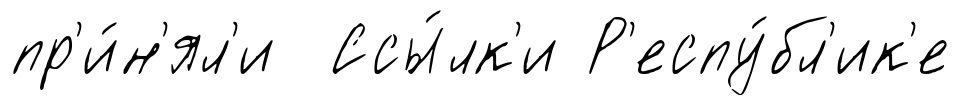
пр'и́н'ял'и Ссы́лк'и Р'еспу́бл'ик'е